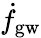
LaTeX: \dot{f}_{\mathrm{gw}}